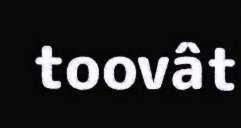
toovât